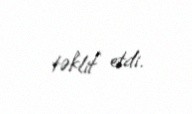
təklif etdi.